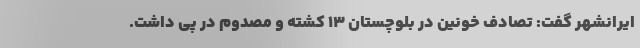
ایرانشهر گفت: تصادف خونین در بلوچستان ۱۳ کشته و مصدوم در پی داشت.